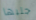
جلبها